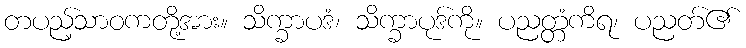
တပည့်သာဝကတို့အား။ သိက္ခာပဒံ၊ သိက္ခာပုဒ်ကို။ ပညတ္တံကိရ၊ ပညတ်၏